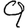
Digit: 9